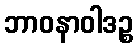
ဘာဝနာဝါဒဉ္စ